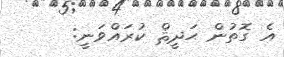
އެ ގޮތުން ޙަދީޘް ކުރައްވަނީ: